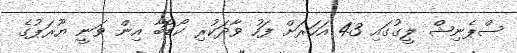
ސްޕެނިޝް ލީގުގައި 43 އަހަރަށް ފަހު ވާދަކުރި ކޯޑޮބާ އިން ވަނީ ޔޫރަޕުގެ